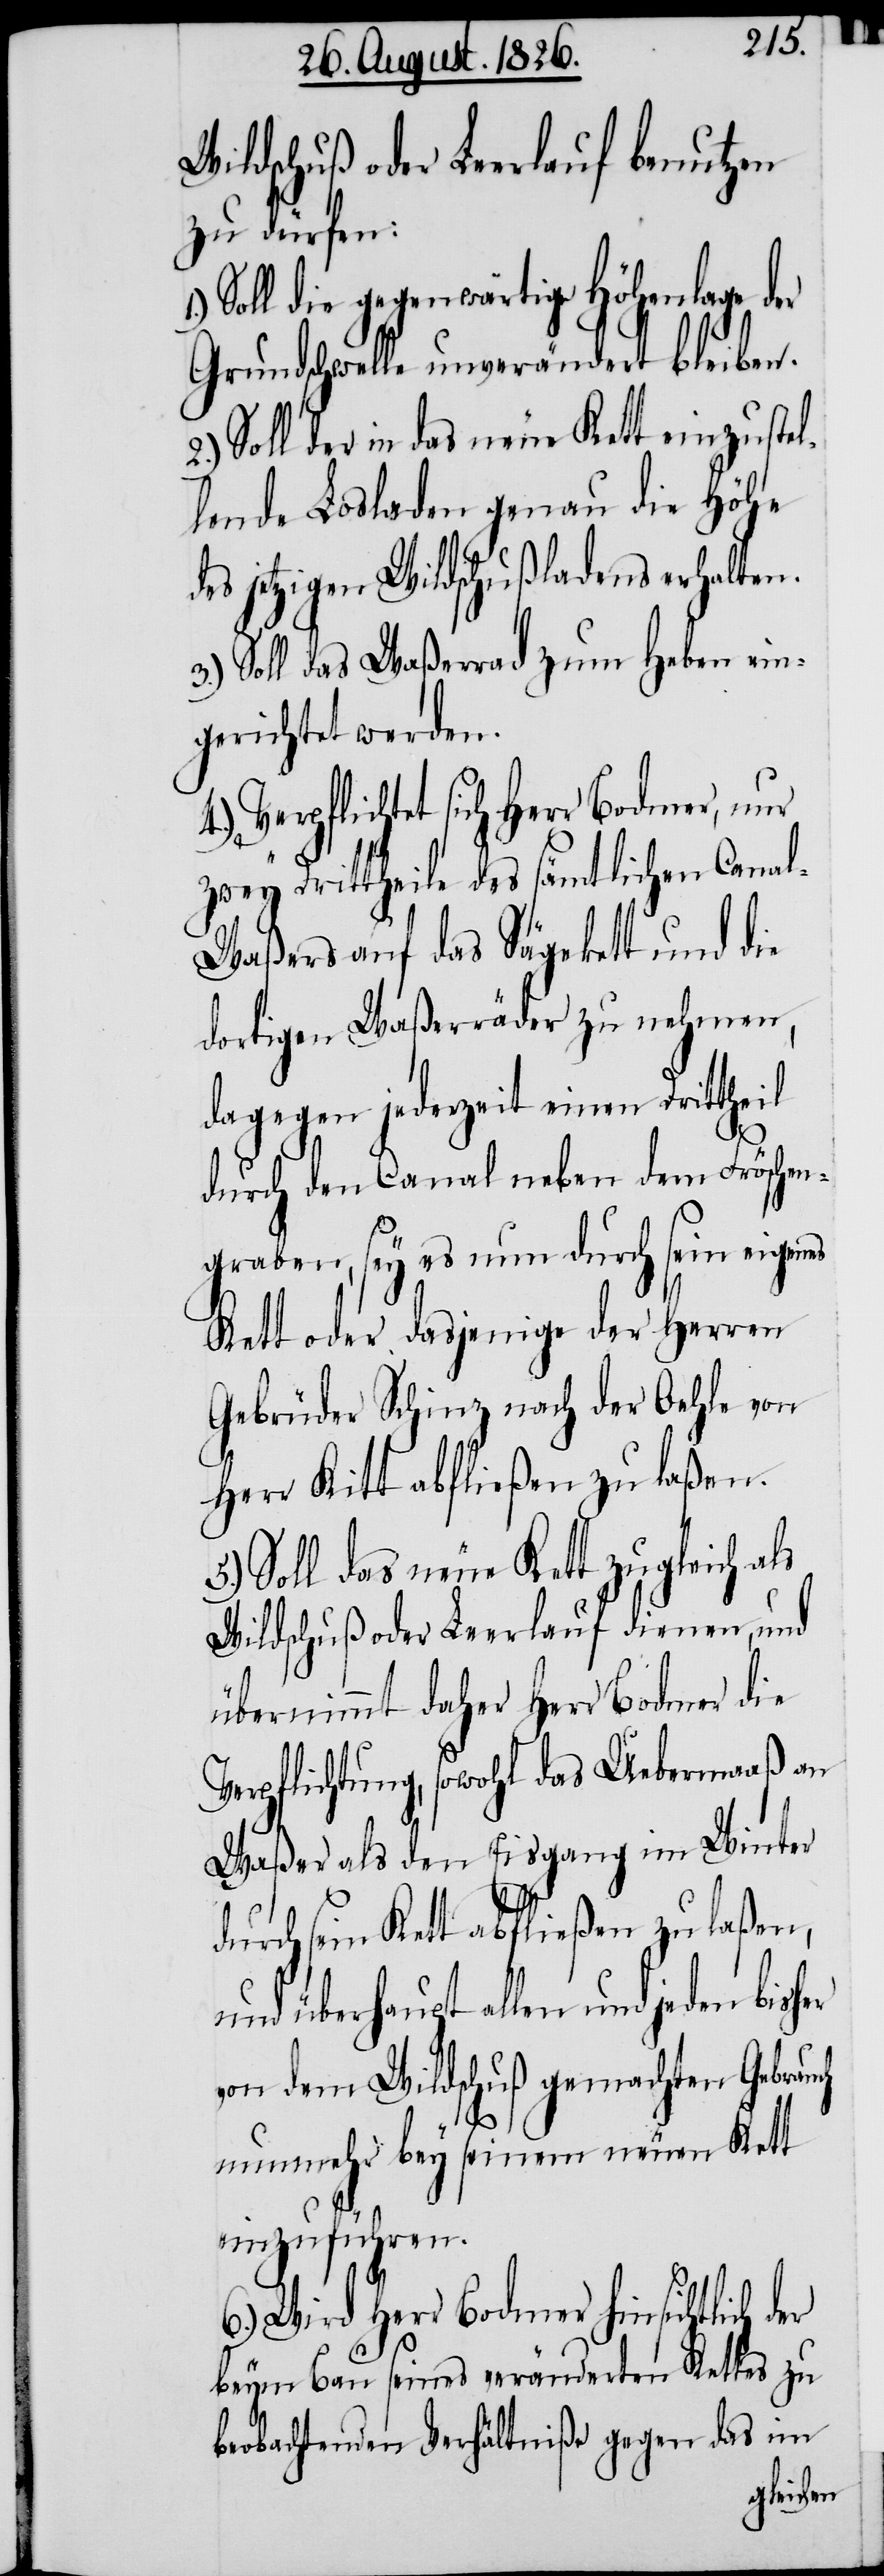
Wildschuß oder Leerlauf benutzen
zu dürfen:
Soll die gegenwärtige Höhenlage der
Grundschwelle unverändert bleiben.
Soll der in das neue Kett einzustel¬
lende Losladen genau die Höhe
des jetzigen Wildschußladens erhalten.
3.) Soll das Waßerrad zum Heben ein¬
gerichtet werden.
Verpflichtet sich Herr Bodmer, nur
zwey Drittheile des sämtlichen Cana¬
l-Waßers auf das Sägekett und die
dortigen Waßerräder zu nehmen,
dagegen jederzeit einen Drittheil
durch den Canal neben dem Fröschen¬
graben, sey es nun durch sein eigenes
er
Kett oder dasjenige der Herren
Gebrüder Schinz nach der Oehle von
Herr Kitt abfließen zu laßen.
5.) Soll das neue Kett zugleich als
Wildschuß oder Leerlauf dienen, und
übernimmt daher Herr Bodmer die
Verpflichtung, sowohl das Uebermaaß an
Waßer als den Eisgang im Winter
durch sein Kett abfließen zu laßen,
und überhaupt allen und jeden bisher
von dem Wildschuß gemachten Gebrauch
nunmehr bey seinem neuen Kett
einzuführen.
6.) Wird Herr Bodmer hinsichtlich d¬
beym Bau seines veränderten Kettes zu
beobachtenden Verhältniße gegen das im